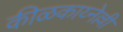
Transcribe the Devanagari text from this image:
कीळकाय्नेल्ली